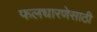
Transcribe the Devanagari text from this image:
फलधारणेसाठी